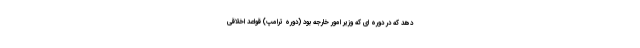
دهد که در دوره ای که وزیر امور خارجه بود (دوره ترامپ) قواعد اخلاقی